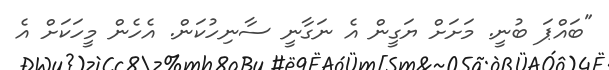
"ބައްޕަ ބުނީ. މަށަށް ޔަގީން އެ ނަގާނީ ސާނިހުކަން. އެހެން މީހަކަށް އެ